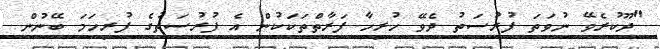
"ދޫކުރެވޭ ނުވަތަ ފުރުސަތު ދެވޭ ހުރިހާ ފަރާތްތަކަކުން އެ ފުރުސަތުގެ ފުރިހަމަ ބޭނުން